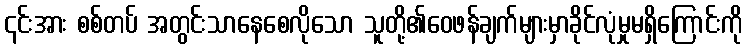
၎င်းအား စစ်တပ် အတွင်းသာနေစေလိုသော သူတို့၏ဝေဖန်ချက်များမှာခိုင်လုံမှုမရှိကြောင်းကို